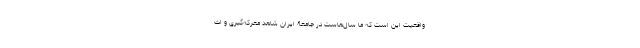
واقعیت این است که ما سال‌هاست در جامعۀ ایران شاهد معرکه‌گیری و اث